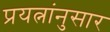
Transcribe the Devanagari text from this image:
प्रयत्नांनुसार